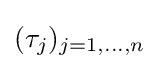
(\tau _{j})_{j=1,\dots ,n}